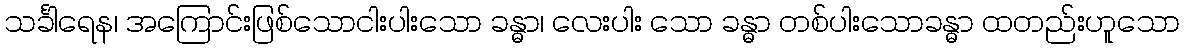
သင်္ခါရေန၊ အကြောင်းဖြစ်သောငါးပါးသော ခန္ဓာ၊ လေးပါး သော ခန္ဓာ တစ်ပါးသောခန္ဓာ ထတည်းဟူသော